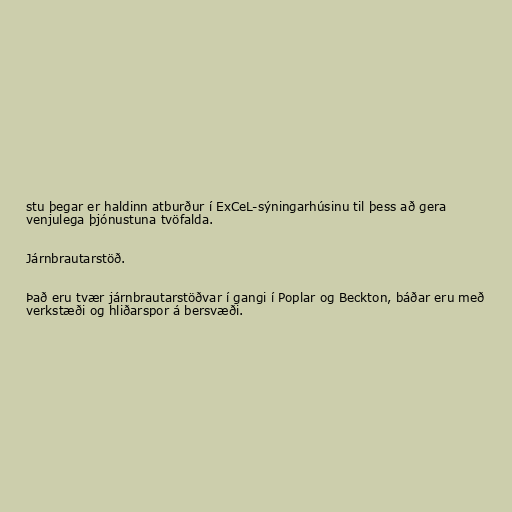
stu þegar er haldinn atburður í ExCeL-sýningarhúsinu til þess að gera
venjulega þjónustuna tvöfalda.

Járnbrautarstöð.

Það eru tvær járnbrautarstöðvar í gangi í Poplar og Beckton, báðar eru með
verkstæði og hliðarspor á bersvæði.